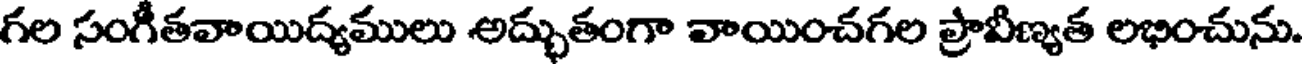
గల సంగీతవాయిద్యములు అద్భుతంగా వాయించగల ప్రావీణ్యత లభించును.